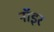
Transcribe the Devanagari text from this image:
नॉइर